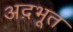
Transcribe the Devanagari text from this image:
अद़भूत